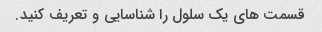
قسمت های یک سلول را شناسایی و تعریف کنید.